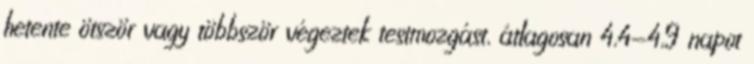
hetente ötször vagy többször végeztek testmozgást, átlagosan 4,4-4,9 napot